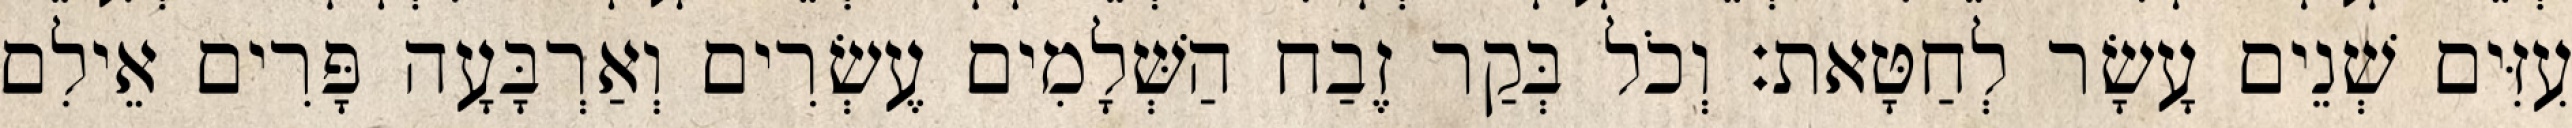
עִזִּים שְׁנֵים עָשָׂר לְחַטָּאת׃ וְכֹל בְּקַר זֶבַח הַשְּׁלָמִים עֶשְׂרִים וְאַרְבָּעָה פָּרִים אֵילִם